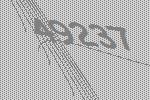
49237